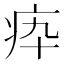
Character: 疩